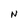
Character: N